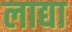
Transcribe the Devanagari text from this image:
लाद्या